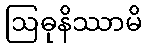
ဩဓုနိဿာမိ